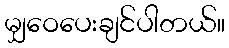
မျှဝေပေးချင်ပါတယ်။